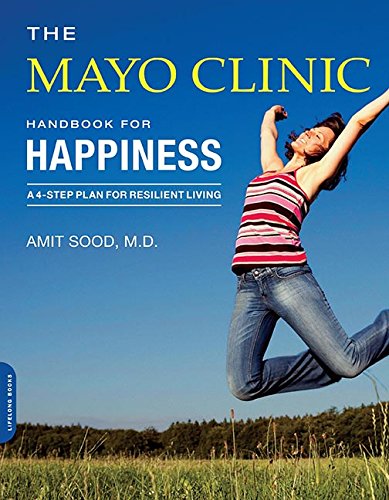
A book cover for The Mayo Clinic Handbook for Happiness: A Four-Step Plan for Resilient Living; Amit Sood MD; Self-Help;